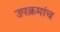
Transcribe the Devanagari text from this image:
उपक्रमांच